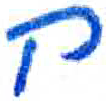
אות: ח